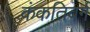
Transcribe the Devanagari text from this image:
कंकतिवर्ग